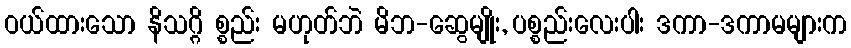
ဝယ်ထားသော နိသဂ္ဂိ စ္စည်း မဟုတ်ဘဲ မိဘ-ဆွေမျိုး, ပစ္စည်းလေးပါး ဒကာ-ဒကာမများက